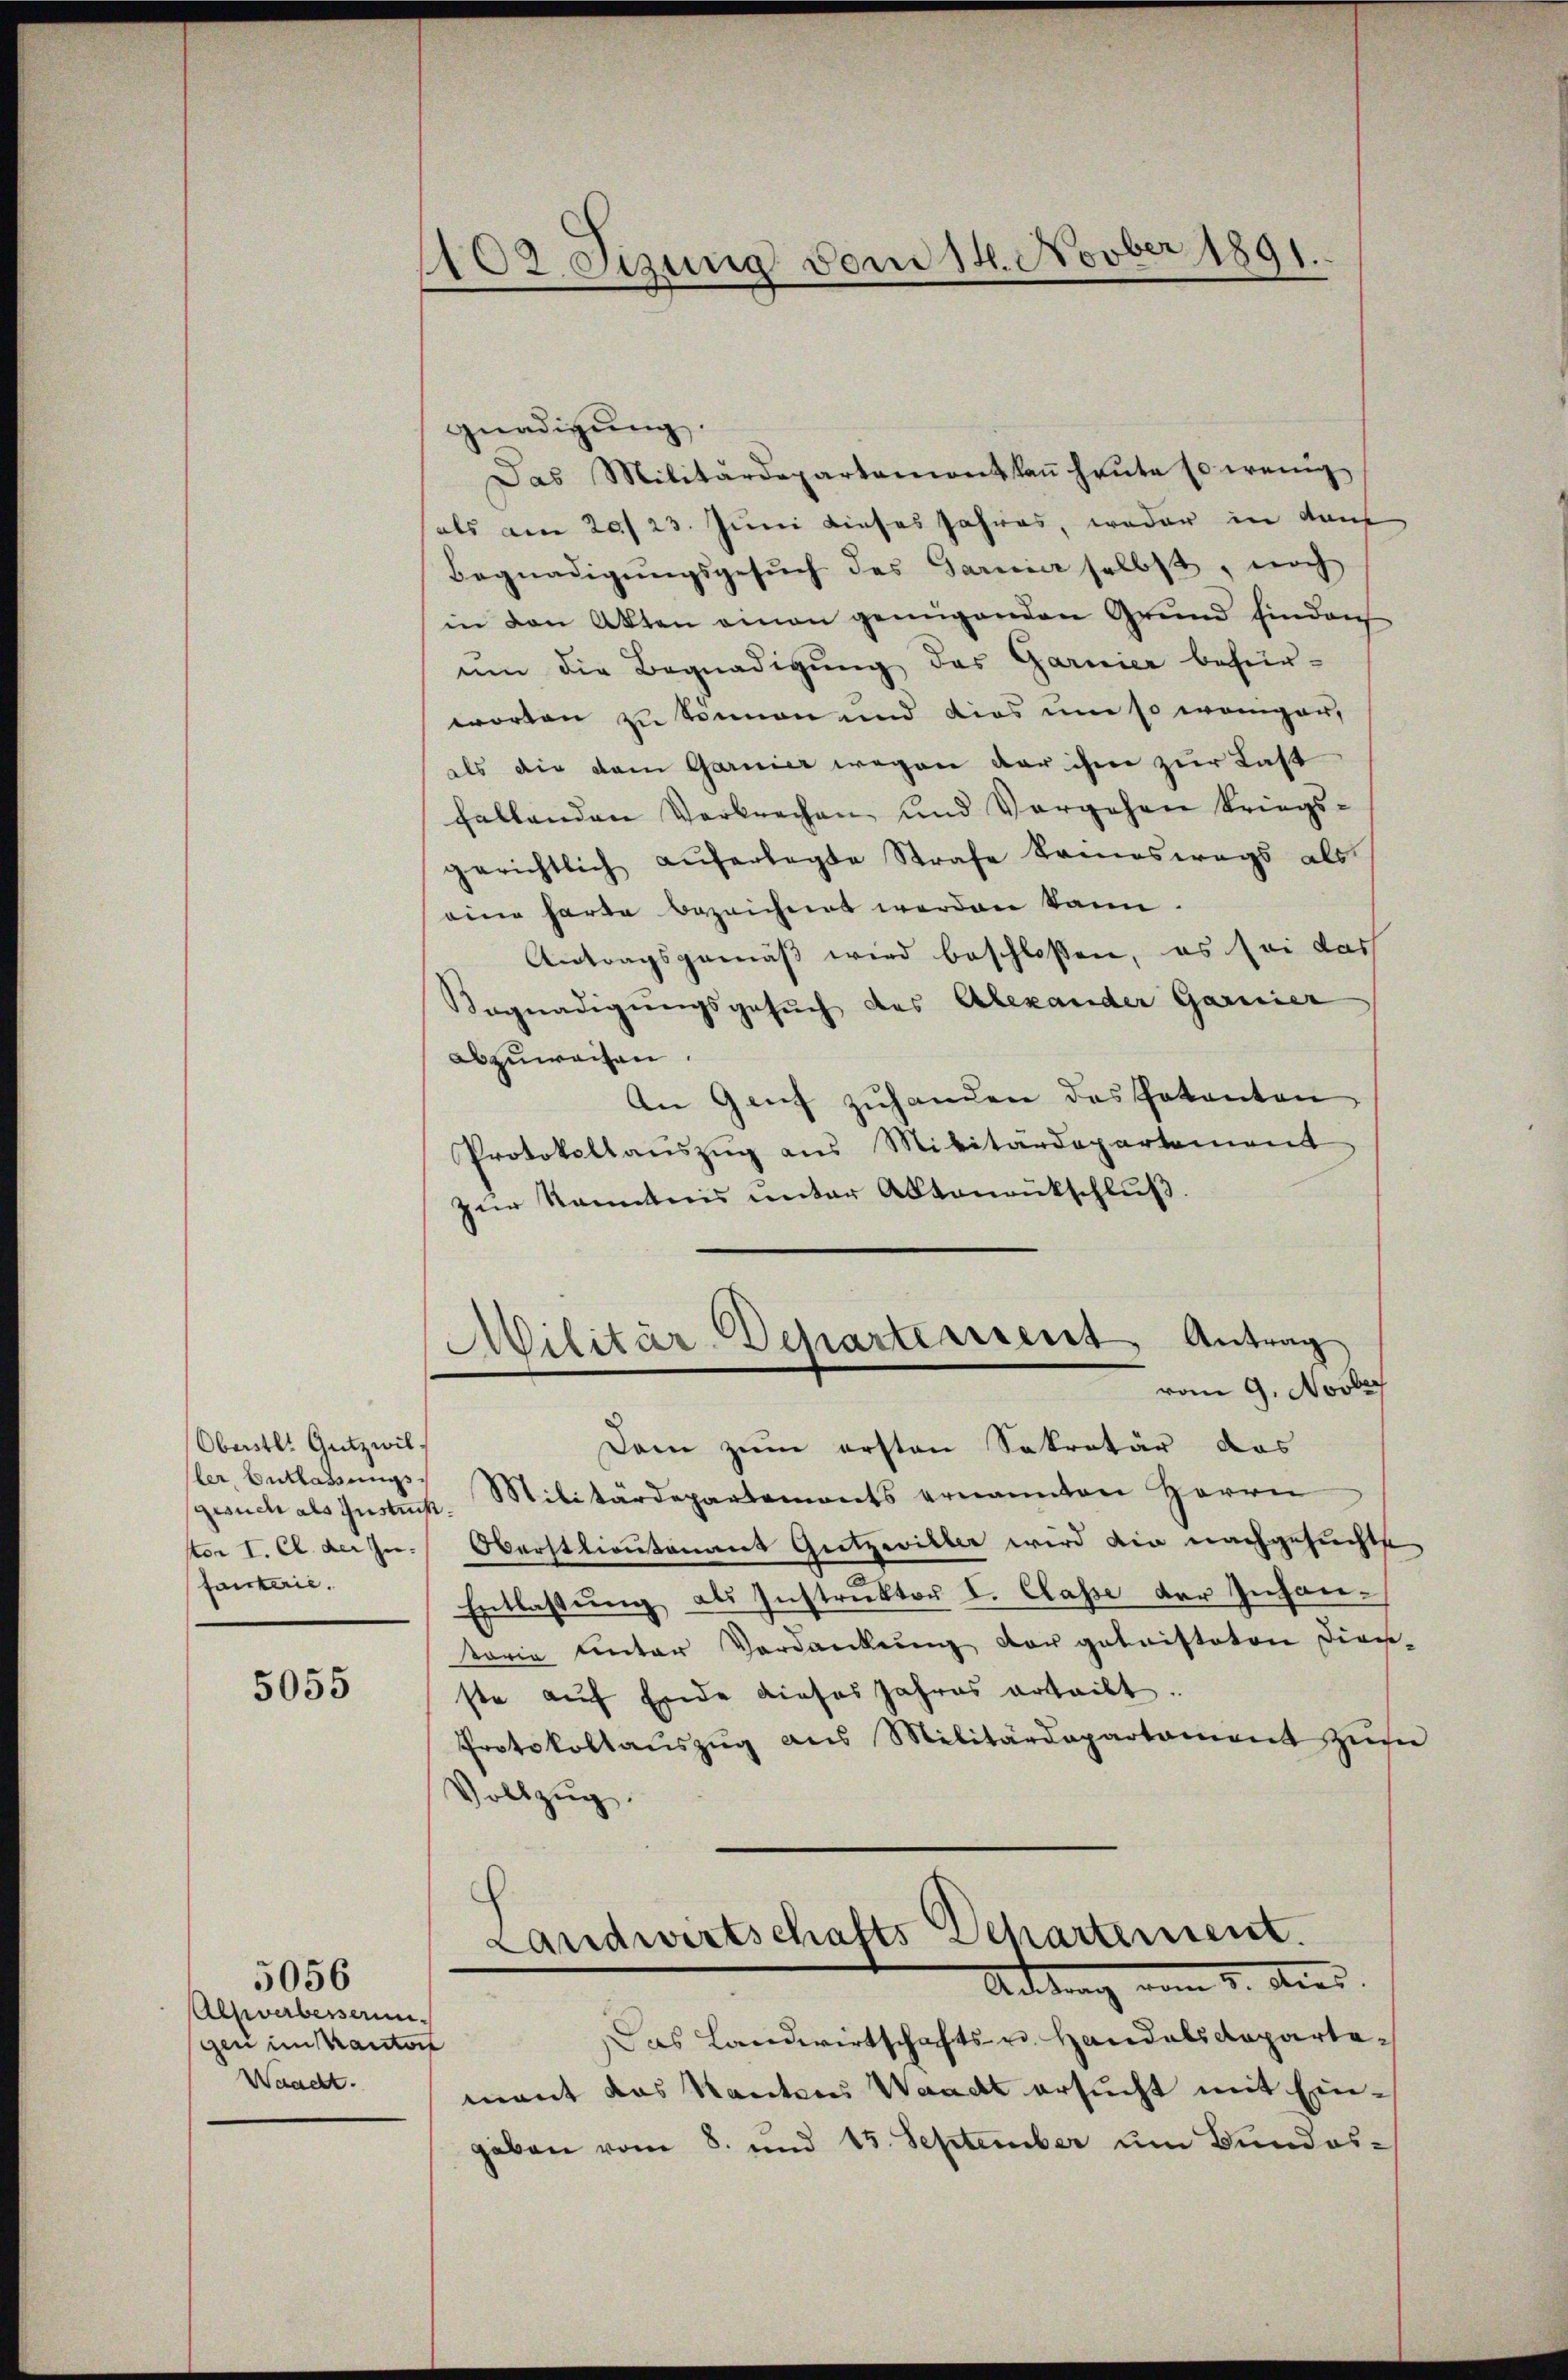
Oberstl. Gutzwil,
ler Entlassungsgesuch als Instruck.
ster I. Cl. der Zu-
fanterie.

5055

Alsverbesserun
gen im Kanton
Waacht.

5056

102. Sizung vom 14. Novber 1891.

gnadigung.
Das Militärdepartemontkaṅ heŭte so wenig
als am 20./23. Juni dieses Jahres, weder in dan
Begnadigŭngsgesŭch des Garnier selbst, noch
in den Akten einen genügenden Grund hinden
um die Begnadigung des Garnier befürworten zu können und dies um so weniger,
als die dem Garnier wegen der ihm zur Last
fallenden Verbrechen und Vorgehen kriegs-
gerichtlich auferlegte Strafe keineswegs als
eine harte bezeichnet werden kann.
Antragsgemäß wird beschloßen, es sei das
Sognadigungsgesuch des Alexander Garnier
abzuweisen.
An Genf zuhanden das Patenten
Protokollaŭszŭg aŭs Militärdepartement
zŭr Kenntnis unter Abtonrutschlŭβ.
Militär-Departerrent Antrag
vom 9. Novbr
Dann zum ersten Sekretär das
Militärdepartements ernannten Herrn
Oberstlieutenaus Gitzwiller wird die nachgesuchte
Entlassung als Instruktor I. Classe der Inhantorie unter Verdankung der gebnisteten Diens-
ste auf Ende dieses Jahres ertheilt.
Protokollaŭszŭg ans Militärdepartament zŭm
Vollzug.
Landwirtschafts Dehartement.
Aittung vom 5. dies
Das Landwirtschafts- u. Handals Departee
mant das Kantons Waadt ersucht mit Eingaben vom 8. und 15. September um Bundes-